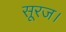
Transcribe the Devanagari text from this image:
सूरज।